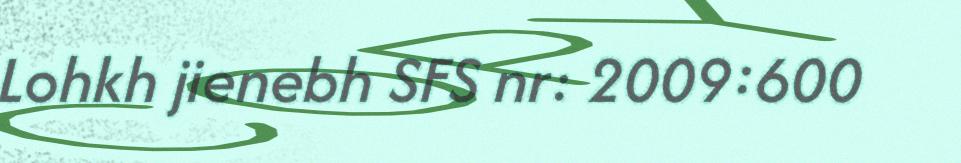
Lohkh jienebh SFS nr: 2009:600